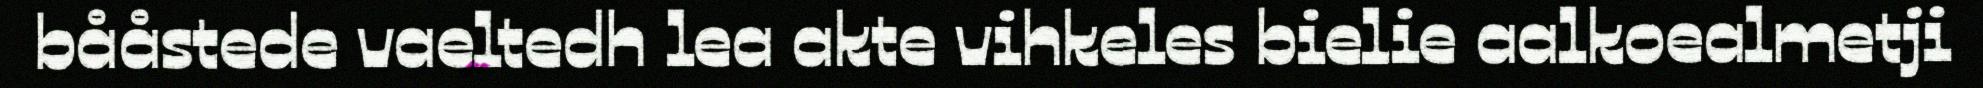
bååstede vaeltedh lea akte vihkeles bielie aalkoealmetji